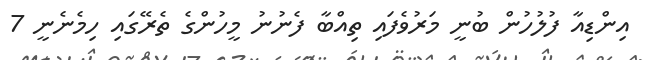
އިންޑިއާ ފުުލުހުން ބުނީ މަރުވެފައި ތިއްބާ ފެނުނު މީހުންގެ ތެރޭގައި ހިމެނެނީ 7